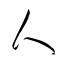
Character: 人